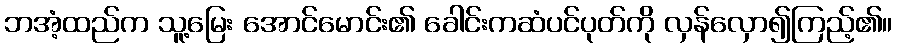
ဘအံ့ထည်က သူ့မြေး အောင်မောင်း၏ ခေါင်းကဆံပင်ပုတ်ကို လှန်လှော၍ကြည့်၏။